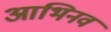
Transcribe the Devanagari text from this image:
आभिनव